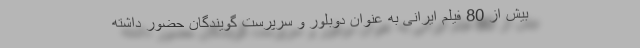
بیش از 80 فیلم ایرانی به عنوان دوبلور و سرپرست گویندگان حضور داشته